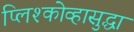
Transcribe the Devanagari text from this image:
प्लिश्कोव्हासुद्धा